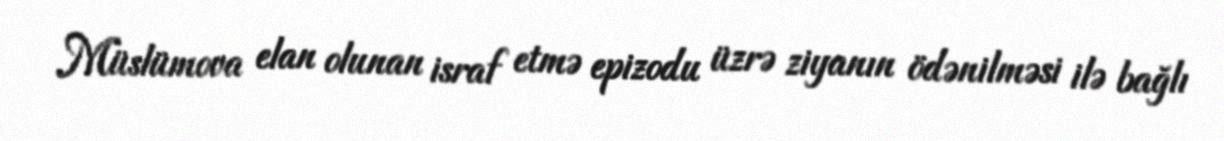
Müslümova elan olunan israf etmə epizodu üzrə ziyanın ödənilməsi ilə bağlı